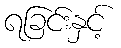
ရခြင်းနှင့်